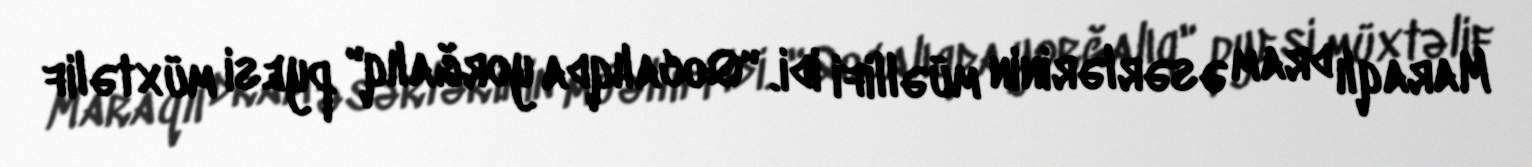
Maraqlı dram əsərlərinin müəllifi idi. "Qocalıqda yorğalıq" pyesi müxtəlif